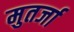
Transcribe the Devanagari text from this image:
मुतर्जा